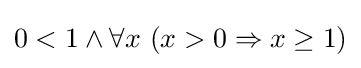
0<1\land \forall x\ (x>0\Rightarrow x\geq 1)